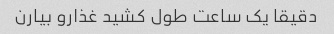
دقیقا یک ساعت طول کشید غذارو بیارن